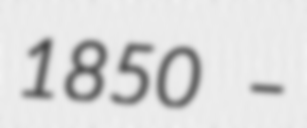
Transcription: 1850 –